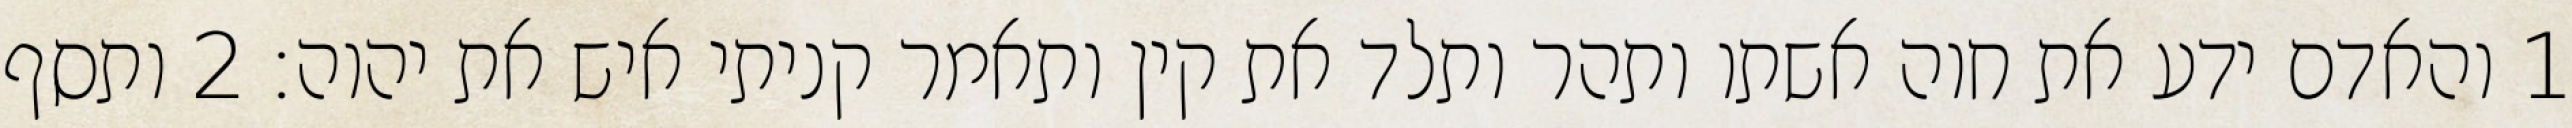
1 והאדם ידע את חוה אשתו ותהר ותלד את קין ותאמר קניתי איש את יהוה׃ ‎2‏ ותסף